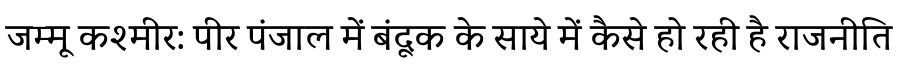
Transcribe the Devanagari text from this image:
जम्मू कश्मीर: पीर पंजाल में बंदूक के साये में कैसे हो रही है राजनीति